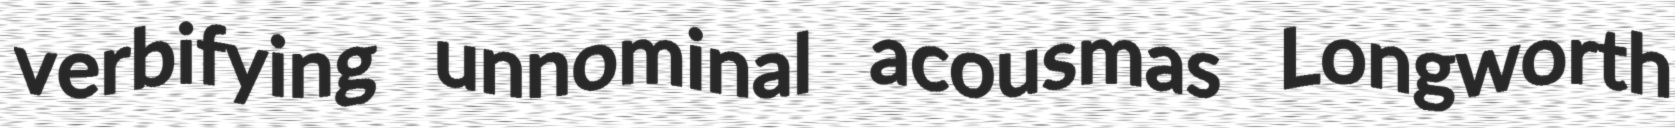
verbifying unnominal acousmas Longworth